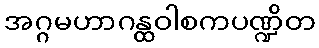
အဂ္ဂမဟာဂန္ထဝါစကပဏ္ဍိတ